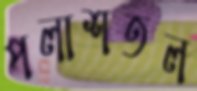
পলাশতল